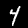
Digit: 4